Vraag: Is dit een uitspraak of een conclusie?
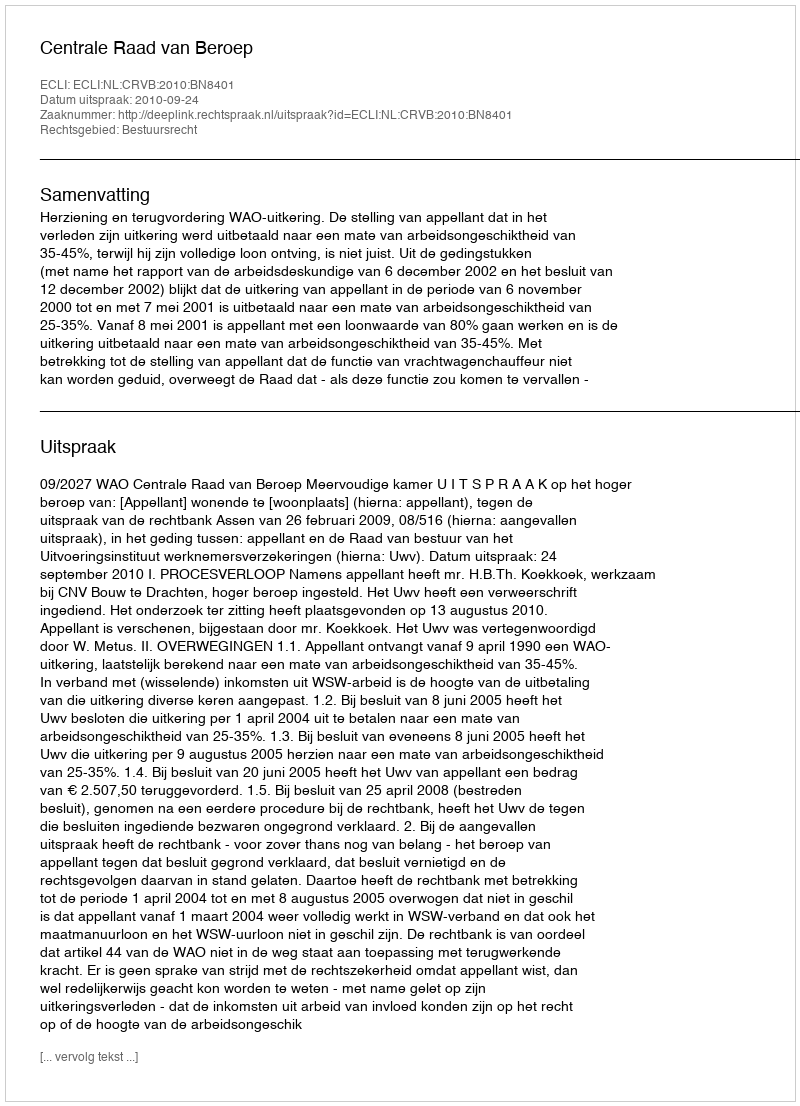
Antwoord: Uitspraak